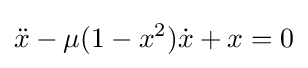
{\ddot {x}}-\mu (1-x^{2}){\dot {x}}+x=0